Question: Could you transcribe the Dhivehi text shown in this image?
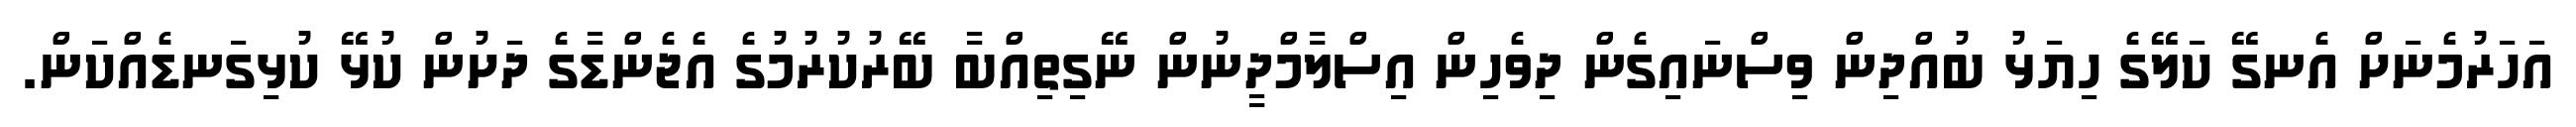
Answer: އަހަރުމެނަށް އެނގޭ ކަލޭގެ ހިޔަޅު ބުއްދިން ވިސްނައިގެން ދިވެހިން އިސްލާމްދީނުން ނޭގިތިއްބާ ބޭރުކުރުމުގެ އެޖެންޑާގެ ދަށުން ކުޅޭ ކުޅިގަނޑެއްކަން.